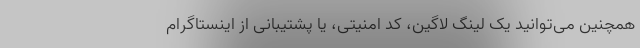
همچنین می‌توانید یک لینگ لاگین، کد امنیتی، یا پشتیبانی از اینستاگرام